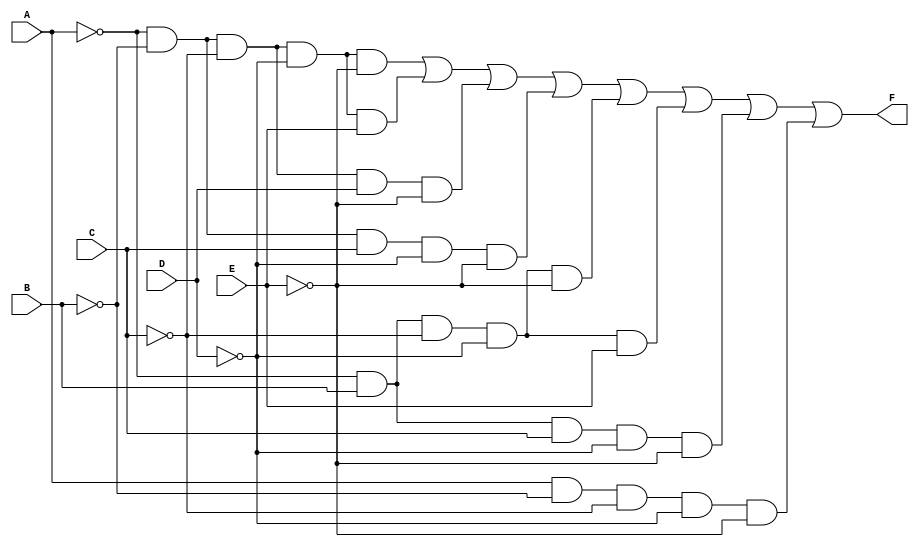
module KMap5Var (
    input wire A,
    input wire B,
    input wire C,
    input wire D,
    input wire E,
    output wire F
);

    // K-map implementation for 5 variables A, B, C, D, E
    // The output F can be defined based on the minterms derived from the K-map.
    
    // Assuming the following minterms correspond to a simplified expression obtained from the K-map.
    // You can modify this section based on your K-map simplification results.
    
    wire m0 = ~A & ~B & ~C & ~D & ~E; // minterm 0
    wire m1 = ~A & ~B & ~C & ~D & E;  // minterm 1
    wire m2 = ~A & ~B & ~C & D & ~E;  // minterm 2
    wire m3 = ~A & ~B & ~C & D & E;   // minterm 3
    wire m4 = ~A & ~B & C & ~D & ~E;  // minterm 4
    wire m5 = ~A & ~B & C & ~D & E;   // minterm 5
    wire m6 = ~A & ~B & C & D & ~E;   // minterm 6
    wire m7 = ~A & ~B & C & D & E;    // minterm 7
    wire m8 = ~A & B & ~C & ~D & ~E;  // minterm 8
    wire m9 = ~A & B & ~C & ~D & E;   // minterm 9
    wire m10 = ~A & B & ~C & D & ~E;  // minterm 10
    wire m11 = ~A & B & ~C & D & E;   // minterm 11
    wire m12 = ~A & B & C & ~D & ~E;  // minterm 12
    wire m13 = ~A & B & C & ~D & E;   // minterm 13
    wire m14 = ~A & B & C & D & ~E;   // minterm 14
    wire m15 = ~A & B & C & D & E;    // minterm 15
    wire m16 = A & ~B & ~C & ~D & ~E; // minterm 16
    // ... continue defining minterms up to minterm 31
    
    // Example of simplified output from minterms
    assign F = m0 | m1 | m2 | m4 | m8 | m9 | m12 | m16; // This should be your final SOP expression

endmodule